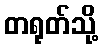
တရုတ်သို့